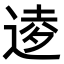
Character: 𫐫